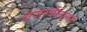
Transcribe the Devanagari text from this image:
ब्रजरबीन्द्रनाथ